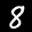
Label: 8